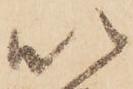
以